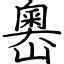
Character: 嶴